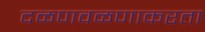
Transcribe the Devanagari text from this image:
दळणवळणाकरता